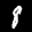
Label: 8